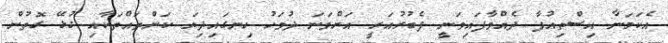
އެކަމަނާ އިސްތިއުފާ ދެއްވާފައިވަނީ ފެބުރުއަރީ އަށްވަނަ ދުވަހު ހިނގައިދިޔަ ކަންތައްތަކާއި ގުޅޭ ގޮތުން